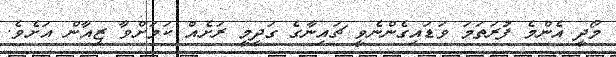
މޯދީ އެންމެ ފުރަަތަމަ ވަޑައިގެންނެވީ ޗައިނާގެ ގަދީމީ ރަށެއް ކަމަށްވާ ޒިއާން އަށެވެ.